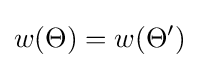
w(\Theta )=w(\Theta ')